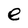
Character: e